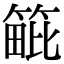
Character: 𥯡